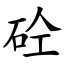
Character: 砼